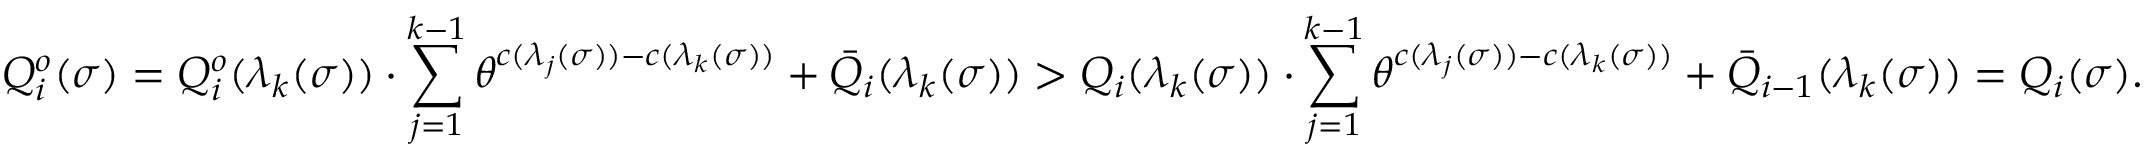
Q _ { i } ^ { o } ( \sigma ) = Q _ { i } ^ { o } ( \lambda _ { k } ( \sigma ) ) \cdot \sum _ { j = 1 } ^ { k - 1 } \theta ^ { c ( \lambda _ { j } ( \sigma ) ) - c ( \lambda _ { k } ( \sigma ) ) } + \bar { Q } _ { i } ( \lambda _ { k } ( \sigma ) ) > Q _ { i } ( \lambda _ { k } ( \sigma ) ) \cdot \sum _ { j = 1 } ^ { k - 1 } \theta ^ { c ( \lambda _ { j } ( \sigma ) ) - c ( \lambda _ { k } ( \sigma ) ) } + \bar { Q } _ { i - 1 } ( \lambda _ { k } ( \sigma ) ) = Q _ { i } ( \sigma ) .